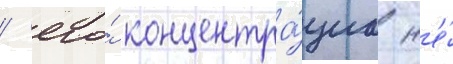
/ его́ концентра́циа н'е́